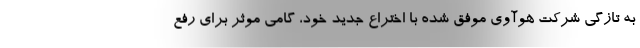
به تازگی شرکت هوآوی موفق شده با اختراع جدید خود، گامی موثر برای رفع